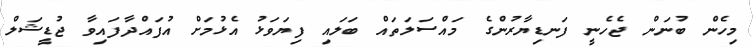
މިހެން ބުނަން ޖެހެނީ ފަނޑިޔާރުންގެ މައްސަލަތައް ބަލައި ފިޔަވަޅު އެޅުމަށް އުފައްދާފައިވާ ޖުޑީޝަލް